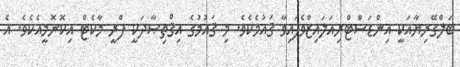
ބަލްގޭރިޔާއަކީ އިންޑަސްޓްރިއަލައިޒްވެފައިވާ ޤައުމެކެވެ. މި ޤައުމުގެ އިޤްތިޞާދަކީ ފްރީ މާކެޓް އިކޮނޮމީއެކެވެ. އެ